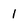
Character: 1